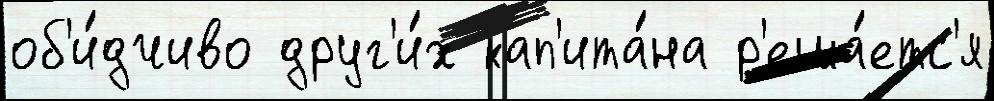
об'и́дчиво друг'и́х кап'ита́на р'еша́етс'я